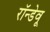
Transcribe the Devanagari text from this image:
रॉन्डेवू